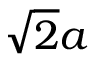
{ \sqrt { 2 } } a